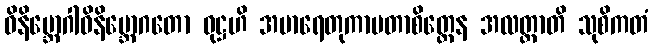
ဝိနိဗ္ဘောဂါဝိနိဗ္ဘောဂတော ဝုဋ္ဌဟိ အမာရေတုကာမတာစိတ္တေန အလတ္ထာတိ သုစိကတံ